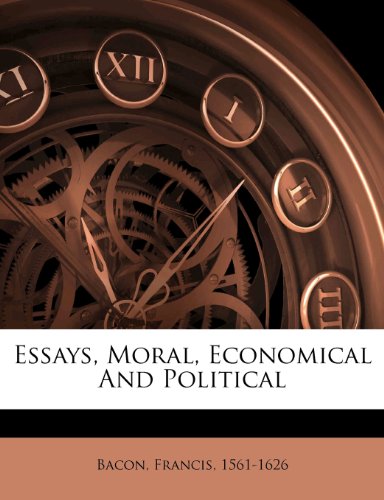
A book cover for Essays, Moral, Economical And Political; Bacon Francis 1561-1626; Crafts, Hobbies & Home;